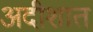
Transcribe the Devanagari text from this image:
अदीशात